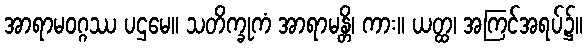
အာရာမဝဂ္ဂဿ ပဌမေ။ သတိက္ခုကံ အာရာမန္တိ၊ ကား။ ယတ္ထ၊ အကြင်အရပ်၌။